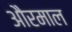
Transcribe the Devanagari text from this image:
औरमाल